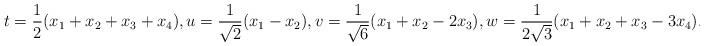
LaTeX: \begin{align*} t=\frac{1}{2}(x_{1}+x_{2}+x_{3}+x_4),u=\frac{1}{\sqrt{2}}(x_{1}-x_{2}),v=\frac{1}{\sqrt{6}}(x_{1}+x_{2}-2x_{3}),w=\frac{1}{2 \sqrt{3}} (x_1+x_2+x_3-3 x_4).\end{align*}